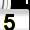
Digit: 5